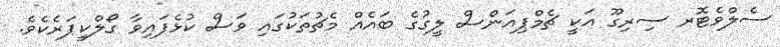
ސެލްވެޓޮރ ސިރިގޫ އަކީ ޗެމްޕިއަންސް ލީގުގެ ބައެއް މެޗުތަކުގައި ވަސް ކުޅެފައިވާ ގޯލްކީޕަރެކެވެ.